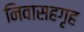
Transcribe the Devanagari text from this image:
निवासहगृह